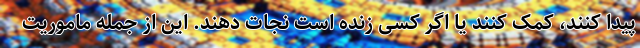
پیدا کنند، کمک کنند یا اگر کسی زنده است نجات دهند. این از جمله ماموریت